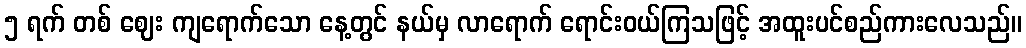
၅ ရက် တစ် ဈေး ကျရောက်သော နေ့တွင် နယ်မှ လာရောက် ရောင်းဝယ်ကြသဖြင့် အထူးပင်စည်ကားလေသည်။